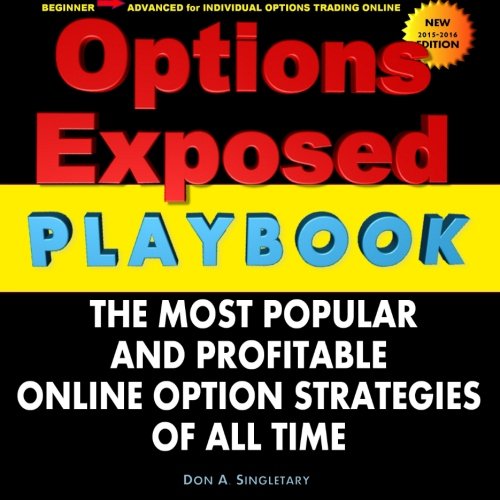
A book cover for Options Exposed PlayBook: The Most Popular and Profitable Strategies of All Time; Don A. Singletary; Business & Money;